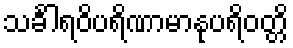
သင်္ခါရဝိပရိဏာမာနုပရိဝတ္တိ